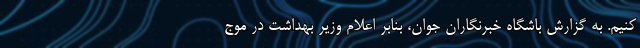
کنیم. به گزارش باشگاه خبرنگاران جوان، بنابر اعلام وزیر بهداشت در موج